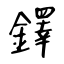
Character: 鐸